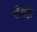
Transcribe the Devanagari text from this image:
राँघड़ी